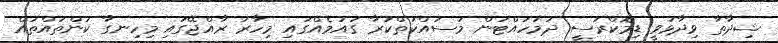
ޝިދާތާ ވިދާޅުވީ ޑިމޮކްރަސީ ދަމަހައްޓަން މަސައްކަތްކުރާ ގައުމެއްގައި މިހާރު ރާއްޖޭގައި މިހިނގާ ކަންތައްތައް